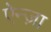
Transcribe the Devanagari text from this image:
ऐन्ज़ा